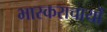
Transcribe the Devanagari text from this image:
भास्कराचार्यो